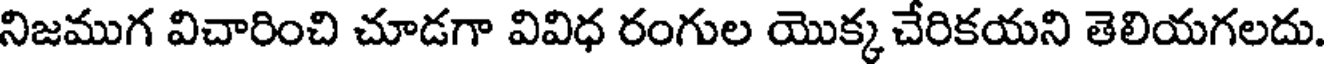
నిజముగ విచారించి చూడగా వివిధ రంగుల యొక్క చేరికయని తెలియగలదు.